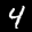
Label: 4